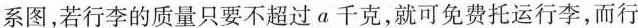
系图，若行李的质量只要不超过a千克，就可免费托运行李，而行